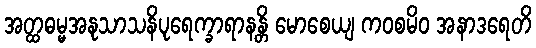
အတ္ထဓမ္မအနုသာသနိပုရေက္ခာရာနန္တိ မောစေယျ ကဝစမိဝ အနာဒရေတိ